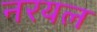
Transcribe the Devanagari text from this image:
नरयल